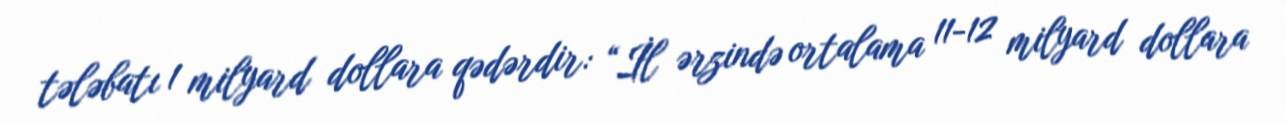
tələbatı 1 milyard dollara qədərdir: “İl ərzində ortalama 11-12 milyard dollara